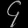
Digit: ၄